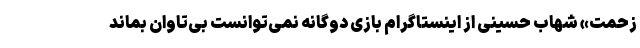
زحمت» شهاب حسینی از اینستاگرام بازی دوگانه نمی‌توانست بی‌تاوان بماند